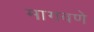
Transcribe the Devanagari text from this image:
मागवणे